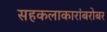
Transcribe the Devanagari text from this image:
सहकलाकारांबरोबर